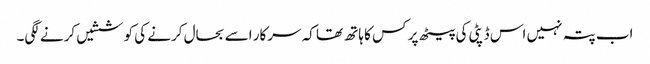
اب پتہ نہیں اس ڈپٹی کی پیٹھ پر کس کا ہاتھ تھا کہ سرکار اسے بحال کرنے کی کوششیں کرنے لگی۔